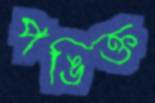
পঙিক্ত